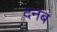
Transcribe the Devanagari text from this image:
दनब